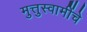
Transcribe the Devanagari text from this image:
मुत्तुस्वामींचे